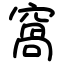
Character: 窩